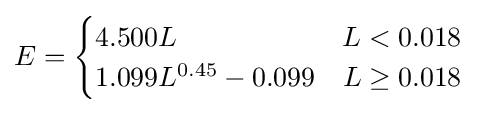
E={\begin{cases}4.500L&L<0.018\\1.099L^{0.45}-0.099&L\geq 0.018\end{cases}}